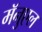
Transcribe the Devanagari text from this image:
मॅनुएल